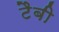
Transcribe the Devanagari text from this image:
टैबी